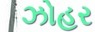
ઝોહર